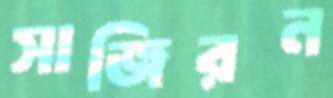
সাজিরন